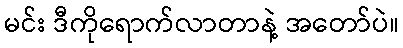
မင်း ဒီကိုရောက်လာတာနဲ့ အတော်ပဲ။